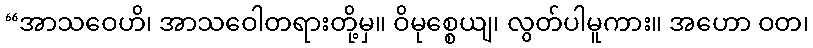
“အာသဝေဟိ၊ အာသဝေါတရားတို့မှ။ ဝိမုစ္စေယျ၊ လွတ်ပါမူကား။ အဟော ဝတ၊